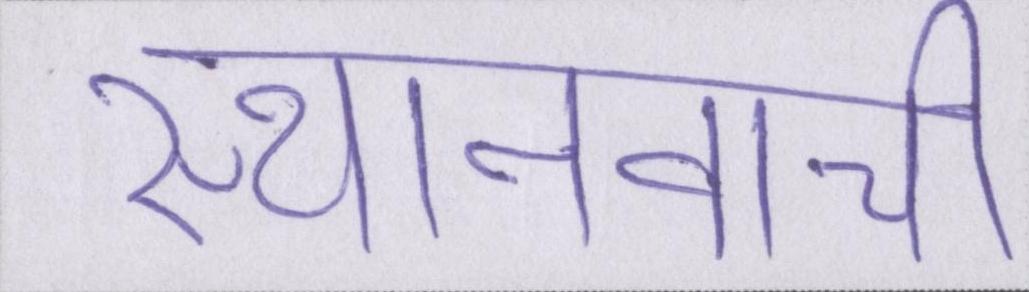
स्थानवाची